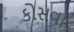
કોસવા